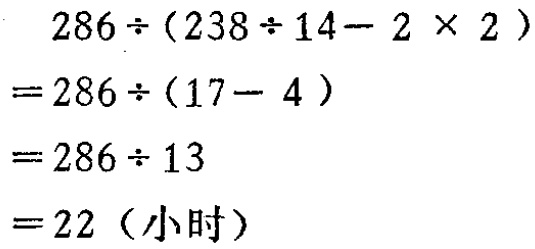
\[

\begin{align*}

&286\div(238\div14 - 2\times2)\\

=&286\div(17 - 4)\\

=&286\div13\\

=&22 (\text{小时})

\end{align*}

\]